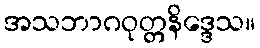
အသဘာဂဝုတ္တနိဒ္ဒေသ။